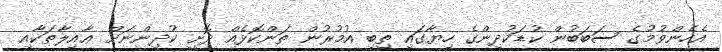
އެހެންވުމުގެ ސަބަބުން ކުޑަކުދިންގެ ހިޔާގައި ތިބި އުމުރުން ތަންކޮޅެއް ދޮށީ ކުދިންނަށް ޢާއިލާތަކާއި